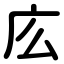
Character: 庅